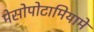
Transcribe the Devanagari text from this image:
मेसोपोटामियामें